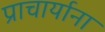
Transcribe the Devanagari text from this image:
प्राचार्याना